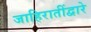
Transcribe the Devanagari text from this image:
जाहिरातींद्वारे